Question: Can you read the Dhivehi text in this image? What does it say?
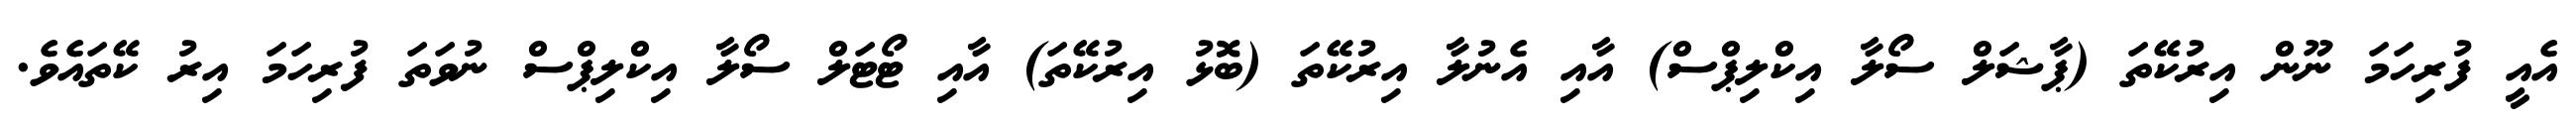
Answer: އެއީ ފުރިހަމަ ނޫން އިރުކޭތަ (ޕާޝަލް ސޯލާ އިކްލިޕްސް) އާއި އެނުލާ އިރުކޭތަ (ބޮޅު އިރުކޭތަ) އާއި ޓޯޓަލް ސޯލާ އިކްލިޕްސް ނުވަތަ ފުރިހަމަ އިރު ކޭތައެވެ.